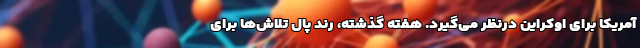
آمریکا برای اوکراین درنظر می‌گیرد. هفته گذشته، رند پال تلاش‌ها برای